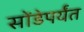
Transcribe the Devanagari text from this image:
सोंडेपर्यंत